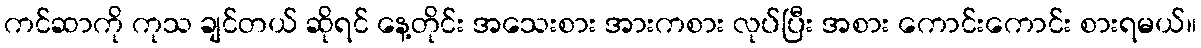
ကင်ဆာကို ကုသ ချင်တယ် ဆိုရင် နေ့တိုင်း အသေးစား အားကစား လုပ်ပြီး အစား ကောင်းကောင်း စားရမယ်။